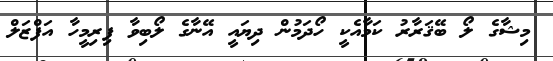
މިޝާގެ ލޯ ބޭޤަރާރު ކަމާއެކީ ހޯދަމުން ދިޔައީ އޭނާގެ ލޯބިވާ ފިރިމީހާ އަފްޒަލް